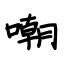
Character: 嘲